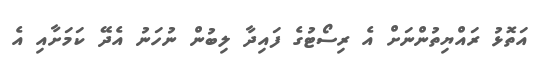
އަތޮޅު ރައްޔިތުންނަށް އެ ރިސޯޓުގެ ފައިދާ ލިބުން ނުހަނު އެދޭ ކަމަށާއި އެ